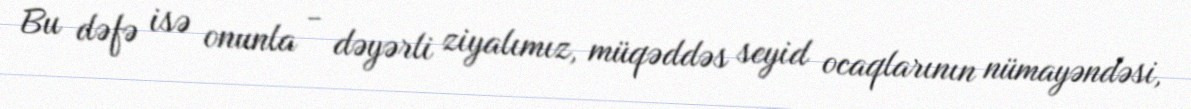
Bu dəfə isə onunla - dəyərli ziyalımız, müqəddəs seyid ocaqlarının nümayəndəsi,